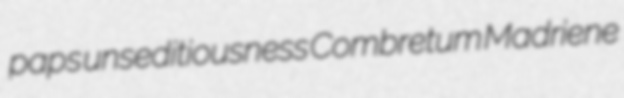
paps unseditiousness Combretum Madriene